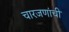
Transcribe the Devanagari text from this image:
चारजणांची